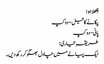
چِھلا ہوا
پکانے کا تیل- دو کپ
پانی- دو کپ
طریقہِ تیاری:
ایک پیالے میں چاول بھگو کر رکھ دیں۔